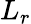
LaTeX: L_{r}